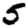
Digit: 5